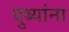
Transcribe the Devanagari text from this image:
दुब्यांना